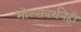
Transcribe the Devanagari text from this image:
मोल्सवर्थनेही